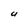
Character: U